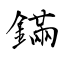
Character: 鏋